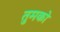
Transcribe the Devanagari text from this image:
तुमकोे